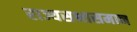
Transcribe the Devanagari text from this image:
राज्यसभासमान